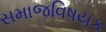
સમાજવિષયક